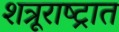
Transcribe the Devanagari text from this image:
शत्रूराष्ट्रात